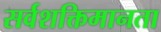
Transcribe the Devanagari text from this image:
सर्वशक्तिमानता